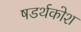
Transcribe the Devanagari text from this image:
षडर्थकोश